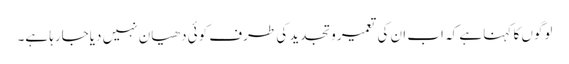
لوگوں کا کہنا ہے کہ اب ان کی تعمیر وتجدید کی طرف کوئی دھیان نہیں دیاجارہا ہے۔